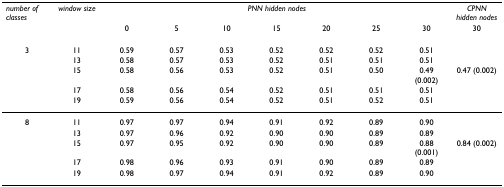
<table><thead><tr><td><b><i>number of classes</i></b></td><td><b><i>window size</i></b></td><td colspan="7"><b><i>PNN hidden nodes</i></b></td><td><b><i>CPNN hidden nodes</i></b></td></tr><tr><td></td><td></td><td><b>0</b></td><td><b>5</b></td><td><b>10</b></td><td><b>15</b></td><td><b>20</b></td><td><b>25</b></td><td><b>30</b></td><td><b>30</b></td></tr></thead><tbody><tr><td>3</td><td>11</td><td>0.59</td><td>0.57</td><td>0.53</td><td>0.52</td><td>0.52</td><td>0.52</td><td>0.51</td><td></td></tr><tr><td></td><td>13</td><td>0.58</td><td>0.57</td><td>0.53</td><td>0.52</td><td>0.51</td><td>0.51</td><td>0.51</td><td></td></tr><tr><td></td><td>15</td><td>0.58</td><td>0.56</td><td>0.53</td><td>0.52</td><td>0.51</td><td>0.50</td><td>0.49 (0.002)</td><td>0.47 (0.002)</td></tr><tr><td></td><td>17</td><td>0.58</td><td>0.56</td><td>0.54</td><td>0.52</td><td>0.51</td><td>0.51</td><td>0.51</td><td></td></tr><tr><td></td><td>19</td><td>0.59</td><td>0.56</td><td>0.54</td><td>0.52</td><td>0.51</td><td>0.52</td><td>0.51</td><td></td></tr><tr><td>8</td><td>11</td><td>0.97</td><td>0.97</td><td>0.94</td><td>0.91</td><td>0.92</td><td>0.89</td><td>0.90</td><td></td></tr><tr><td></td><td>13</td><td>0.97</td><td>0.96</td><td>0.92</td><td>0.90</td><td>0.90</td><td>0.89</td><td>0.89</td><td></td></tr><tr><td></td><td>15</td><td>0.97</td><td>0.95</td><td>0.92</td><td>0.90</td><td>0.90</td><td>0.89</td><td>0.88 (0.001)</td><td>0.84 (0.002)</td></tr><tr><td></td><td>17</td><td>0.98</td><td>0.96</td><td>0.93</td><td>0.91</td><td>0.90</td><td>0.89</td><td>0.89</td><td></td></tr><tr><td></td><td>19</td><td>0.98</td><td>0.97</td><td>0.94</td><td>0.91</td><td>0.92</td><td>0.89</td><td>0.90</td><td></td></tr></tbody></table>